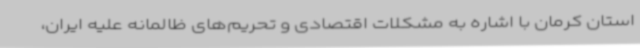
استان کرمان با اشاره به مشکلات اقتصادی و تحریم‌های ظالمانه علیه ایران،